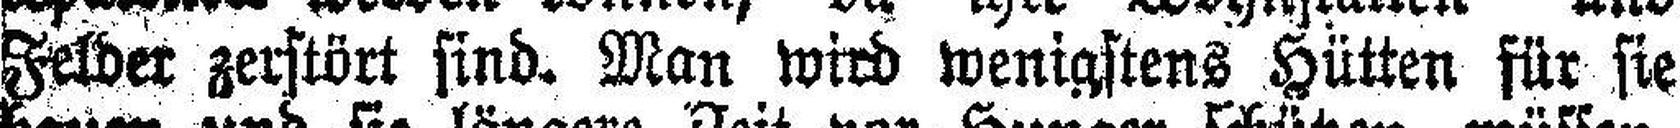
Felder zerstört sind. Man wird wenigstens Hütten für sie